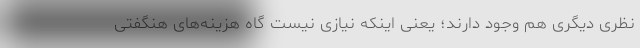
نظری دیگری هم وجود دارند؛ یعنی اینکه نیازی نیست گاه هزینه‌های هنگفتی